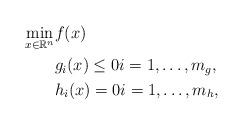
LaTeX: \begin{align*}\min_{x \in \mathbb{R}^n}& f(x)\\& g_i(x) \leq 0 i = 1,\ldots,m_g,\\&h_i(x) = 0 i =1,\ldots, m_h,\end{align*}